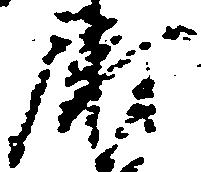
尉